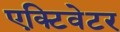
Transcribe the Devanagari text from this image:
एक्टिवेटर